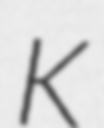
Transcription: K